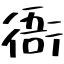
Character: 衙